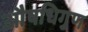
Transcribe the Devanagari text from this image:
औषधिगुण